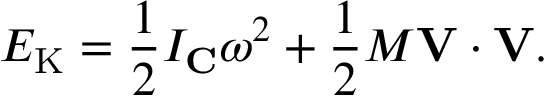
E _ { \mathrm { K } } = { \frac { 1 } { 2 } } I _ { \mathbf { C } } \omega ^ { 2 } + { \frac { 1 } { 2 } } M \mathbf { V } \cdot \mathbf { V } .